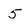
Character: 5